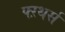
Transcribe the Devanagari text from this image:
फ्ऱथर्स